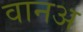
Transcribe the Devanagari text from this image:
वानअ